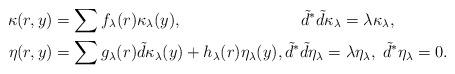
LaTeX: \begin{align*}\kappa(r,y) &= \sum f_\lambda(r) \kappa_\lambda(y), \quad\quad\quad\quad\quad\quad\quad\;\tilde{d}^*\tilde{d}\kappa_\lambda = \lambda \kappa_\lambda , \\ \eta(r,y) &= \sum g_\lambda(r)\tilde{d}\kappa_\lambda(y) + h_\lambda(r) \eta_\lambda(y), \tilde{d}^*\tilde{d}\eta_\lambda = \lambda \eta_\lambda, \; \tilde{d}^*{\eta}_\lambda = 0.\end{align*}